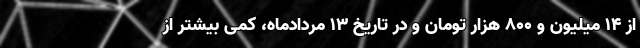
از ۱۴ میلیون و ۸۰۰ هزار تومان و در تاریخ ۱۳ مردادماه، کمی بیشتر از